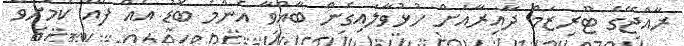
ރާއްޖޭގެ ޓޫރިޒަމް ދާއިރާއަށް ހުޅުވާލައިގެން ބާއްވާ އެންމެ ބޮޑު އެއް ފެއާ ކަމަށްވާ